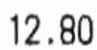
12.80